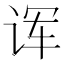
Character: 诨